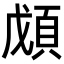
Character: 𩒃